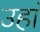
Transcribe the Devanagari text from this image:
उहां